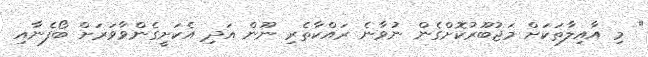
" މި އާއިލާތަކަށް މަޖުބޫރުކޮށްގެން ނުވާނެ ރައްކާތެރި ނޫން އަދި އެކަށީގެންވާވަރަށް ބޯފެނާއި